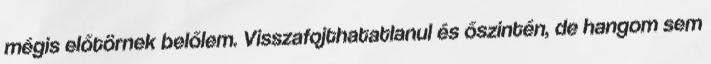
mégis előtörnek belőlem. Visszafojthatatlanul és őszintén, de hangom sem